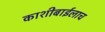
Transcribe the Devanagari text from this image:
काशीबाईलाच